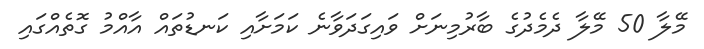
މޭލާ 50 މޭލާ ދެމެދުގެ ބާރުމިނަށް ވައިގަދަވާނެ ކަމަށާއި ކަނޑުތައް އާއްމު ގޮތެއްގައި